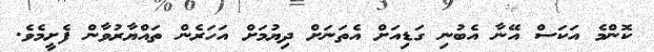
ކޮންމެ އަކަސް އޭނާ އެބުނި ގަޑިއަށް އެތަނަށް ދިޔުމަށް އަހަރެން ތައްޔާރުވާން ފެށީމެވެ.